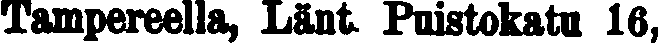
Tampereella, Länt. Puistokatu 16,